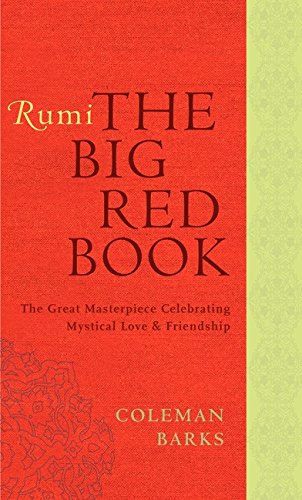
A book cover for Rumi: The Big Red Book: The Great Masterpiece Celebrating Mystical Love and Friendship; Coleman Barks; Literature & Fiction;